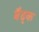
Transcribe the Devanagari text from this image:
बैद्क